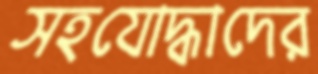
সহযোদ্ধাদের